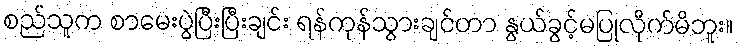
စည်သူက စာမေးပွဲပြီးပြီးချင်း ရန်ကုန်သွားချင်တာ နွယ်ခွင့်မပြုလိုက်မိဘူး။